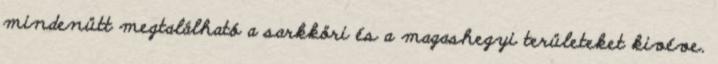
mindenütt megtalálható a sarkköri és a magashegyi területeket kivéve.